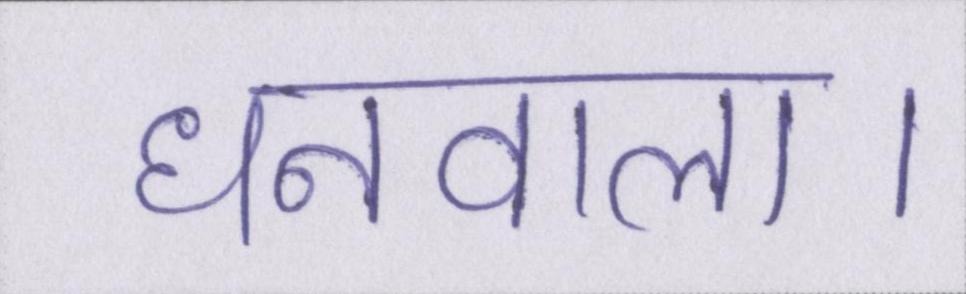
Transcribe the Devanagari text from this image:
धनवाला।